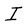
Character: I